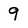
Character: 9